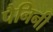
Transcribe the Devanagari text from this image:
पैनिनी